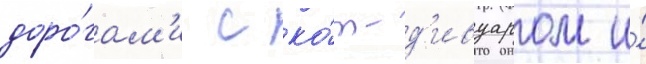
доро́гам'и с ко́т-д'ивуаром и́